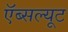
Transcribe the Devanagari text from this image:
ऍब्सल्यूट